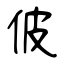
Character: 佊